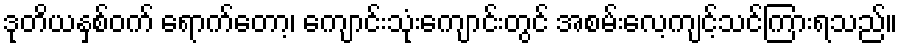
ဒုတိယနှစ်ဝက် ရောက်တော့၊ ကျောင်းသုံးကျောင်းတွင် အစမ်းလေ့ကျင့်သင်ကြားရသည်။